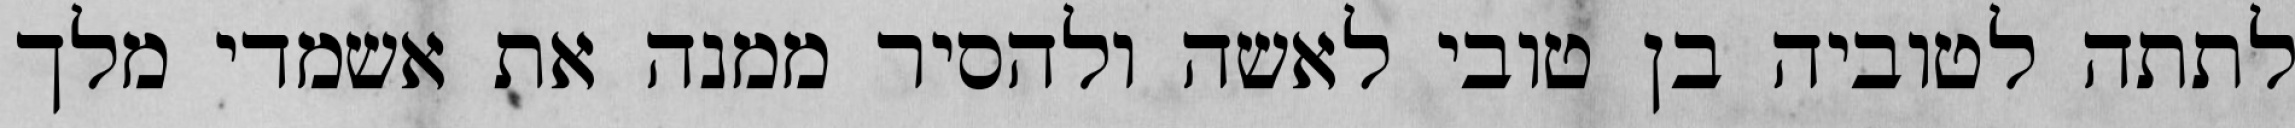
לתתה לטוביה בן טובי לאשה ולהסיר ממנה את אשמדי מלך